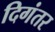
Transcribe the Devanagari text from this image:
दिगंतर